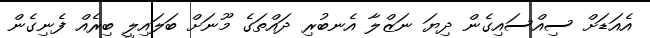
އެއަޑަށް ސިއްސައިގެން ދިޔަ ނަޒްލާ އެނބުރި ދައްތަގެ މޫނަށް ބަލައިލީ ބިރެއް ފެނިގެން